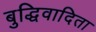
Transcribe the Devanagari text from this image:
बुद्धिवादिता